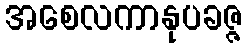
အစေလကာနုပခဇ္ဇ